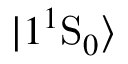
| 1 ^ { 1 } \mathrm { S } _ { 0 } \rangle